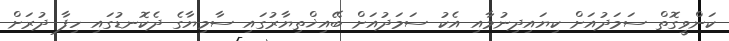
ކަންވީގޮތް ސަމަދުއަށް ކިޔައިދިނުމާއި އެކު ސަމަދުއަށް ބޭއިޚްތިޔާރުގައި ސާމިޔާގެ ދެކޮނޑުގައި ހިފާ ދުރަށް